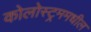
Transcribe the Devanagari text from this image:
कोलोस्ट्रममधील